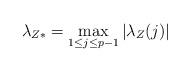
LaTeX: \begin{align*}\lambda_{Z*} = \max_{1\leq j\leq p-1} |\lambda_Z(j)|\end{align*}